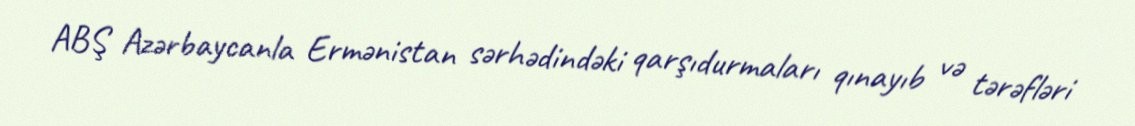
ABŞ Azərbaycanla Ermənistan sərhədindəki qarşıdurmaları qınayıb və tərəfləri